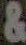
&